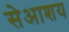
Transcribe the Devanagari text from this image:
सेआशय